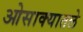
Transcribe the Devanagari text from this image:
ओसाक्यातले